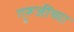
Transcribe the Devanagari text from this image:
गुरूजींच्या